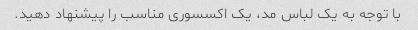
با توجه به یک لباس مد، یک اکسسوری مناسب را پیشنهاد دهید.